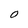
Character: O